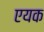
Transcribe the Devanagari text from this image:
एयक